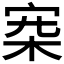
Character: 𣑄